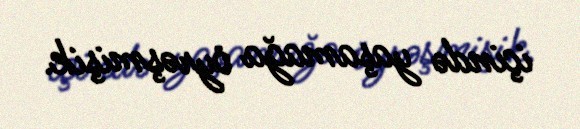
içində yaşamağa öyrəşmişik.